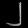
Digit: ၂